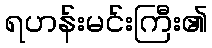
ရဟန်းမင်းကြီး၏